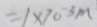
= 1 \times 7 0 ^ { - 3 } m